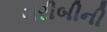
ગરીબીની